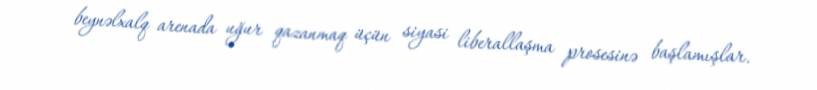
beynəlxalq arenada uğur qazanmaq üçün siyasi liberallaşma prosesinə başlamışlar.